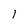
Character: 1